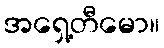
အရှေ့တီမော။